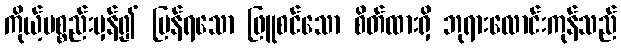
ကိုယ့်ပစ္စည်းမှန်၍ ပြန်ရသော ဖြူစင်သော စိတ်ထားရှိ ဘုရားလောင်းကုန်သည်